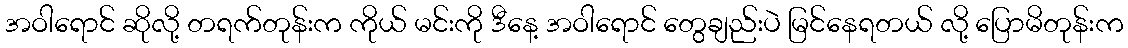
အဝါရောင် ဆိုလို့ တရက်တုန်းက ကိုယ် မင်းကို ဒီနေ့ အဝါရောင် တွေချည်းပဲ မြင်နေရတယ် လို့ ပြောမိတုန်းက